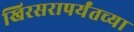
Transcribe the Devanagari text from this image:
खिरसरापर्यंतच्या